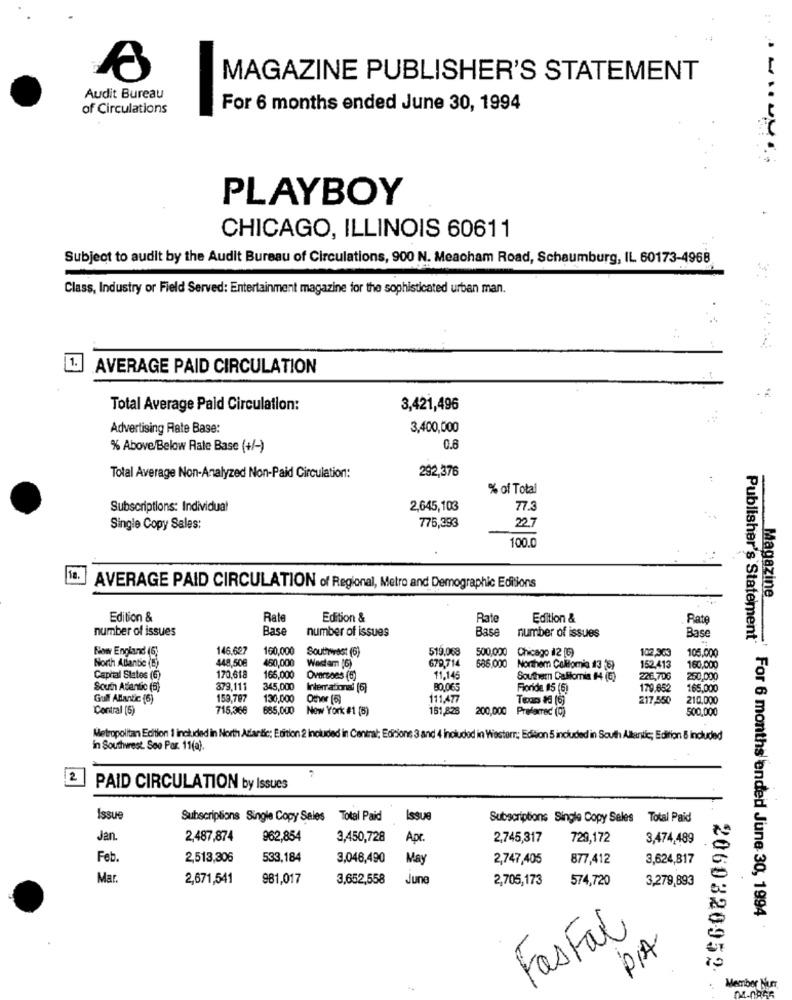
MAGAZINE PUBLISHER'S STATEMENT
Audit Bureau
of Circulations
For 6 months ended June 30, 1994
PLAYBOY
CHICAGO, ILLINOIS 60611
Subject to audit by the Audit Bureau of Circulations, 900 N. Meacham Road, Schaumburg, IL 60173-4968
Class, Industry or Field Served: Entertainment magazine for the sophisticated urban man.
1.
AVERAGE PAID CIRCULATION
Total Average Paid Circulation:
3,421,496
Advertising Rate Base:
3,400,000
% Above/Below Rale Base (+/-)
0.6
292,376
Total Average Non-Analyzed Non-Paid Circulation:
% of Total
Subscriptions: Individual
2,645,103
77.3
775,393
22.7
Single Copy Sales:
100.0
10.
AVERAGE PAID CIRCULATION of Regional, Metro and Demographic Editions
Magazine
Edition &
Rate
Edition &
Rate
Edition &
Rate
number of issues
Base
number of issues
Base
number of issues
Base
Publisher's Statement"
Now England (6)
146.627
160,000
Southwest (6)
519.068
500,000
Chicago 12 [6)
102,303
448,50€
450,000
686,000
105.000
North Atlantic (E)
Westam [6)
679,714
Northem Callomnia #3 '5)
152.413
160,000
Capital Sletes (6)
170,618
165,000
Oversees (5)
11,145
Southern Dallomia 14 (E)
226,706
250,000
Scuin Atlantic (6)
379,111
345,000
International (6)
80.065
Floride #5 (6)
179.652
165,000
Gulf Atlantic (6)
159,79
130,000
Other (6)
111.477
217,550
210.000
Contral (5)
715,366
685,000
New York #1 (5)
151,825
200,000 Preferred (0)
500,000
Metropolitan Edition 1 included in North Atlantic; Edition 2 included in Central; Editions 3 and 4 Included in Wiesterr; Edion 5 included in South Altantic; Edition & included
in Southwest. Soo Par. 11(a).
2
PAID CIRCULATION by Issues
Issue
Subscriptions Single Copy Sales Total Paid
Issue
Subscriptions Single Copy Seles Total Paid
Jan.
2.487,874
962,854
3,450,728
Apr.
2,745,317
729,172
3,474,489
Feb.
2,513,306
533,184
3,046,490
May
2,747,405
877,412
3,624,817
Mar
2,671,541
981,017
3,652,558
June
2,705,173
574,720
3,279,893
For 6 months ended June 30, 1994
Fas Fal
PIA
2060320952
Member Nurr